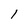
Character: I